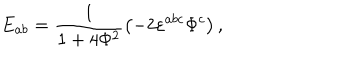
E _ { a b } = \frac 1 { 1 + 4 \Phi ^ { 2 } } \left( - 2 \varepsilon ^ { a b c } \Phi ^ { c } \right) ,